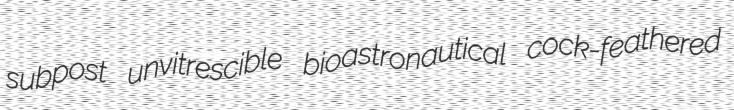
subpost unvitrescible bioastronautical cock-feathered